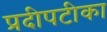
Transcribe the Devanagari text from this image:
प्रदीपटीका